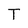
Character: T